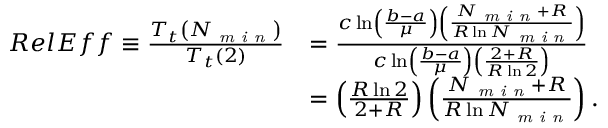
\begin{array} { r l } { R e l E f f \equiv \frac { T _ { t } \left( N _ { \mathrm { \textit { m i n } } } \right) } { T _ { t } \left( 2 \right) } } & { = \frac { c \ln \left( \frac { b - a } { \mu } \right) \left( \frac { N _ { \mathrm { \textit { m i n } } } + R } { R \ln N _ { \mathrm { \textit { m i n } } } } \right) } { c \ln \left( \frac { b - a } { \mu } \right) \left( \frac { 2 + R } { R \ln 2 } \right) } } \\ & { = \left( \frac { R \ln 2 } { 2 + R } \right) \left( \frac { N _ { \mathrm { \textit { m i n } } } + R } { R \ln N _ { \mathrm { \textit { m i n } } } } \right) . } \end{array}